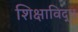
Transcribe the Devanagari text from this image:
शिक्षाविद्ध